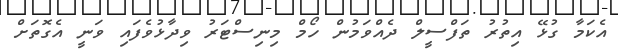
އެކަމާ ގުޅޭ އިތުރު ތަފްސީލް ދެއްވަމުން ހޯމް މިނިސްޓަރު ވިދާޅުވެފައި ވަނީ އެގޮތަށް